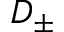
D _ { \pm }